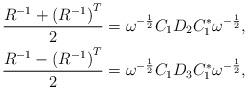
LaTeX: \begin{align*}\frac {R^{-1}+{ \left ( R^{-1}\right )}^T}{2} &= \omega ^{-\frac {1}{2}} C_1 D_2 C_1^{*} \omega ^{-\frac {1}{2}}, \\\frac {R^{-1}-{ \left ( R^{-1}\right )}^T}{2} &= \omega ^{-\frac {1}{2}} C_1 D_3 C_1^{*} \omega ^{-\frac {1}{2}},\end{align*}